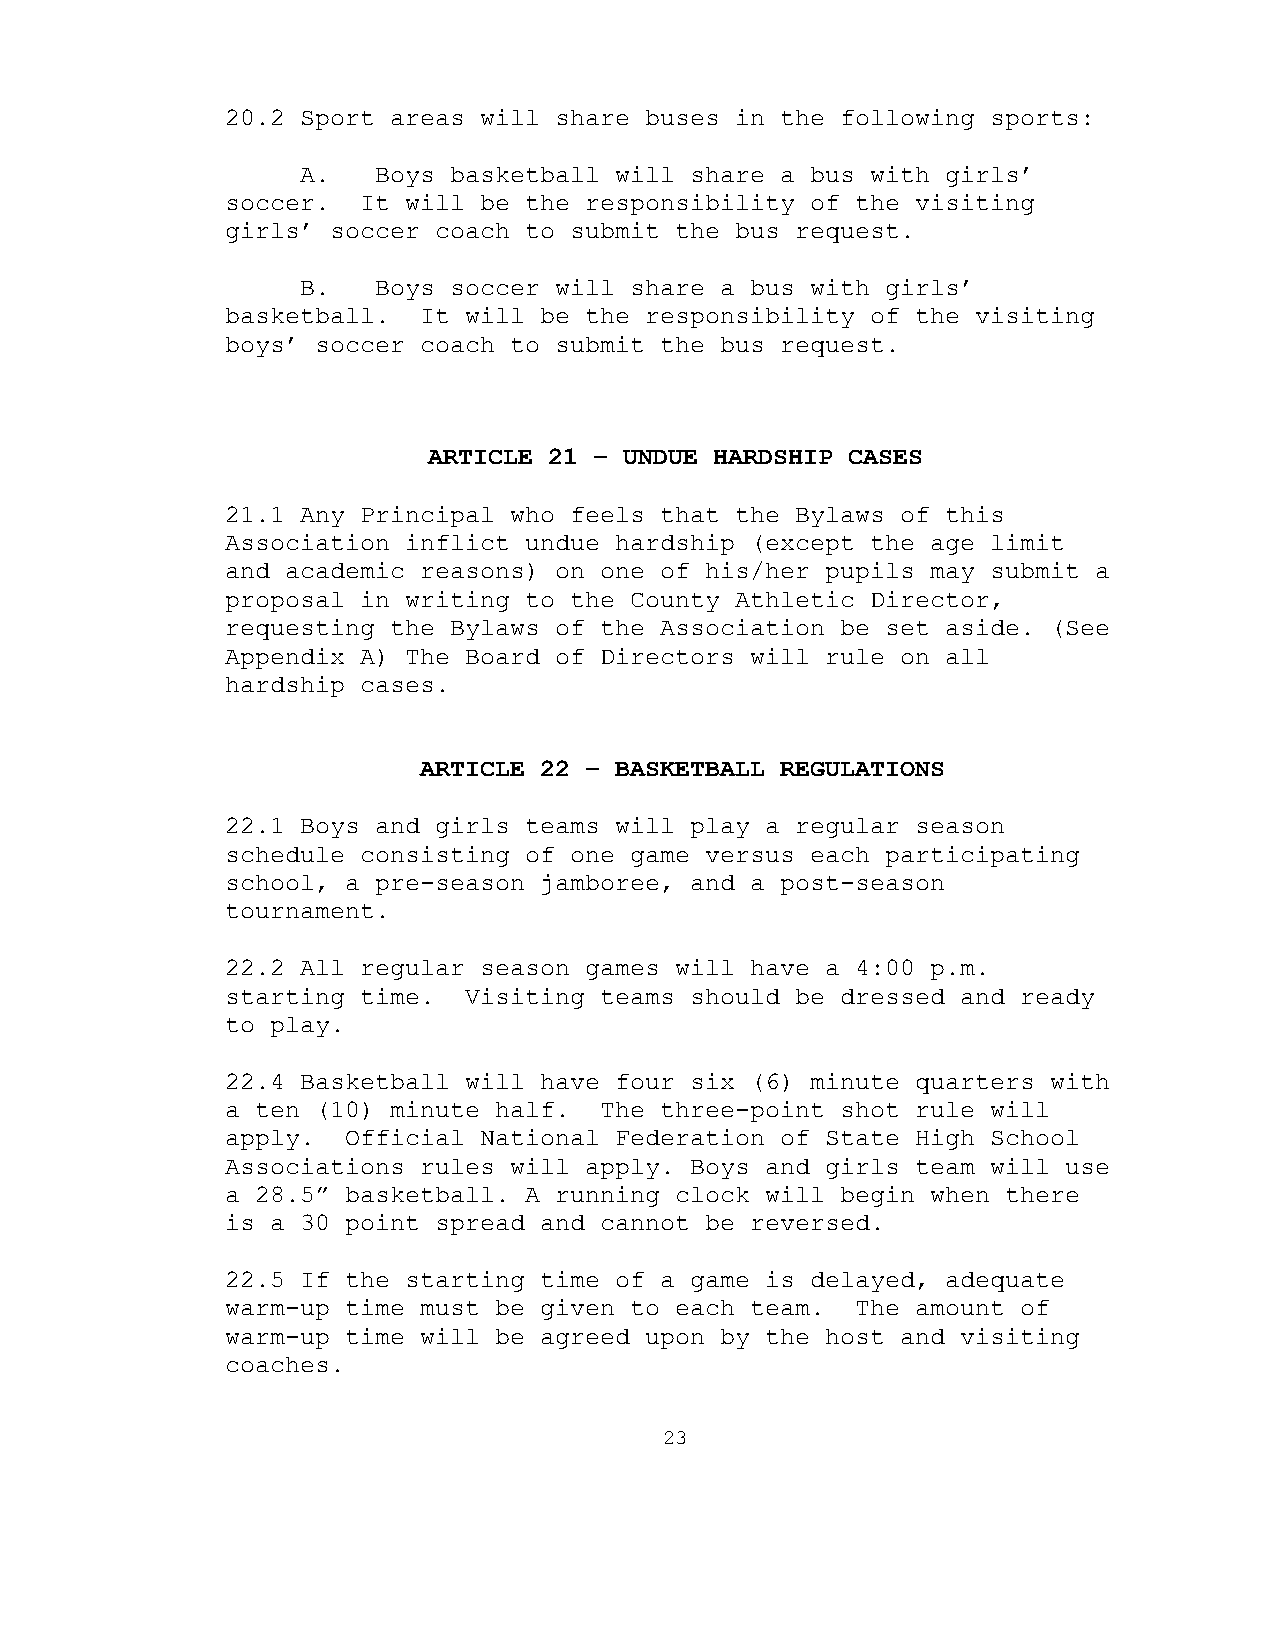
20.2 Sport areas will share buses in the following sports:
 A.   Boys basketball will share a bus with girls’
 soccer.  It will be the responsibility of the visiting
 girls’ soccer coach to submit the bus request.
 B.   Boys soccer will share a bus with girls’
 basketball.  It will be the responsibility of the visiting
 boys’ soccer coach to submit the bus request.
 ARTICLE 21 – UNDUE HARDSHIP CASES
 21.1 Any Principal who feels that the Bylaws of this
 Association inflict undue hardship (except the age limit
 and academic reasons) on one of his/her pupils may submit a
 proposal in writing to the County Athletic Director,
 requesting the Bylaws of the Association be set aside. (See
 Appendix A) The Board of Directors will rule on all
 hardship cases.
 ARTICLE 22 – BASKETBALL REGULATIONS
 22.1 Boys and girls teams will play a regular season
 schedule consisting of one game versus each participating
 school, a pre-season jamboree, and a post-season
 tournament.
 22.2 All regular season games will have a 4:00 p.m.
 starting time.  Visiting teams should be dressed and ready
 to play.
 22.4 Basketball will have four six (6) minute quarters with
 a ten (10) minute half.  The three-point shot rule will
 apply.  Official National Federation of State High School
 Associations rules will apply. Boys and girls team will use
 a 28.5” basketball. A running clock will begin when there
 is a 30 point spread and cannot be reversed.
 22.5 If the starting time of a game is delayed, adequate
 warm-up time must be given to each team.  The amount of
 warm-up time will be agreed upon by the host and visiting
 coaches.
 23